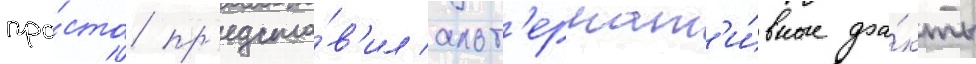
про́сто пр'едста́в'ил альт'ернат'и́вные фа́кты